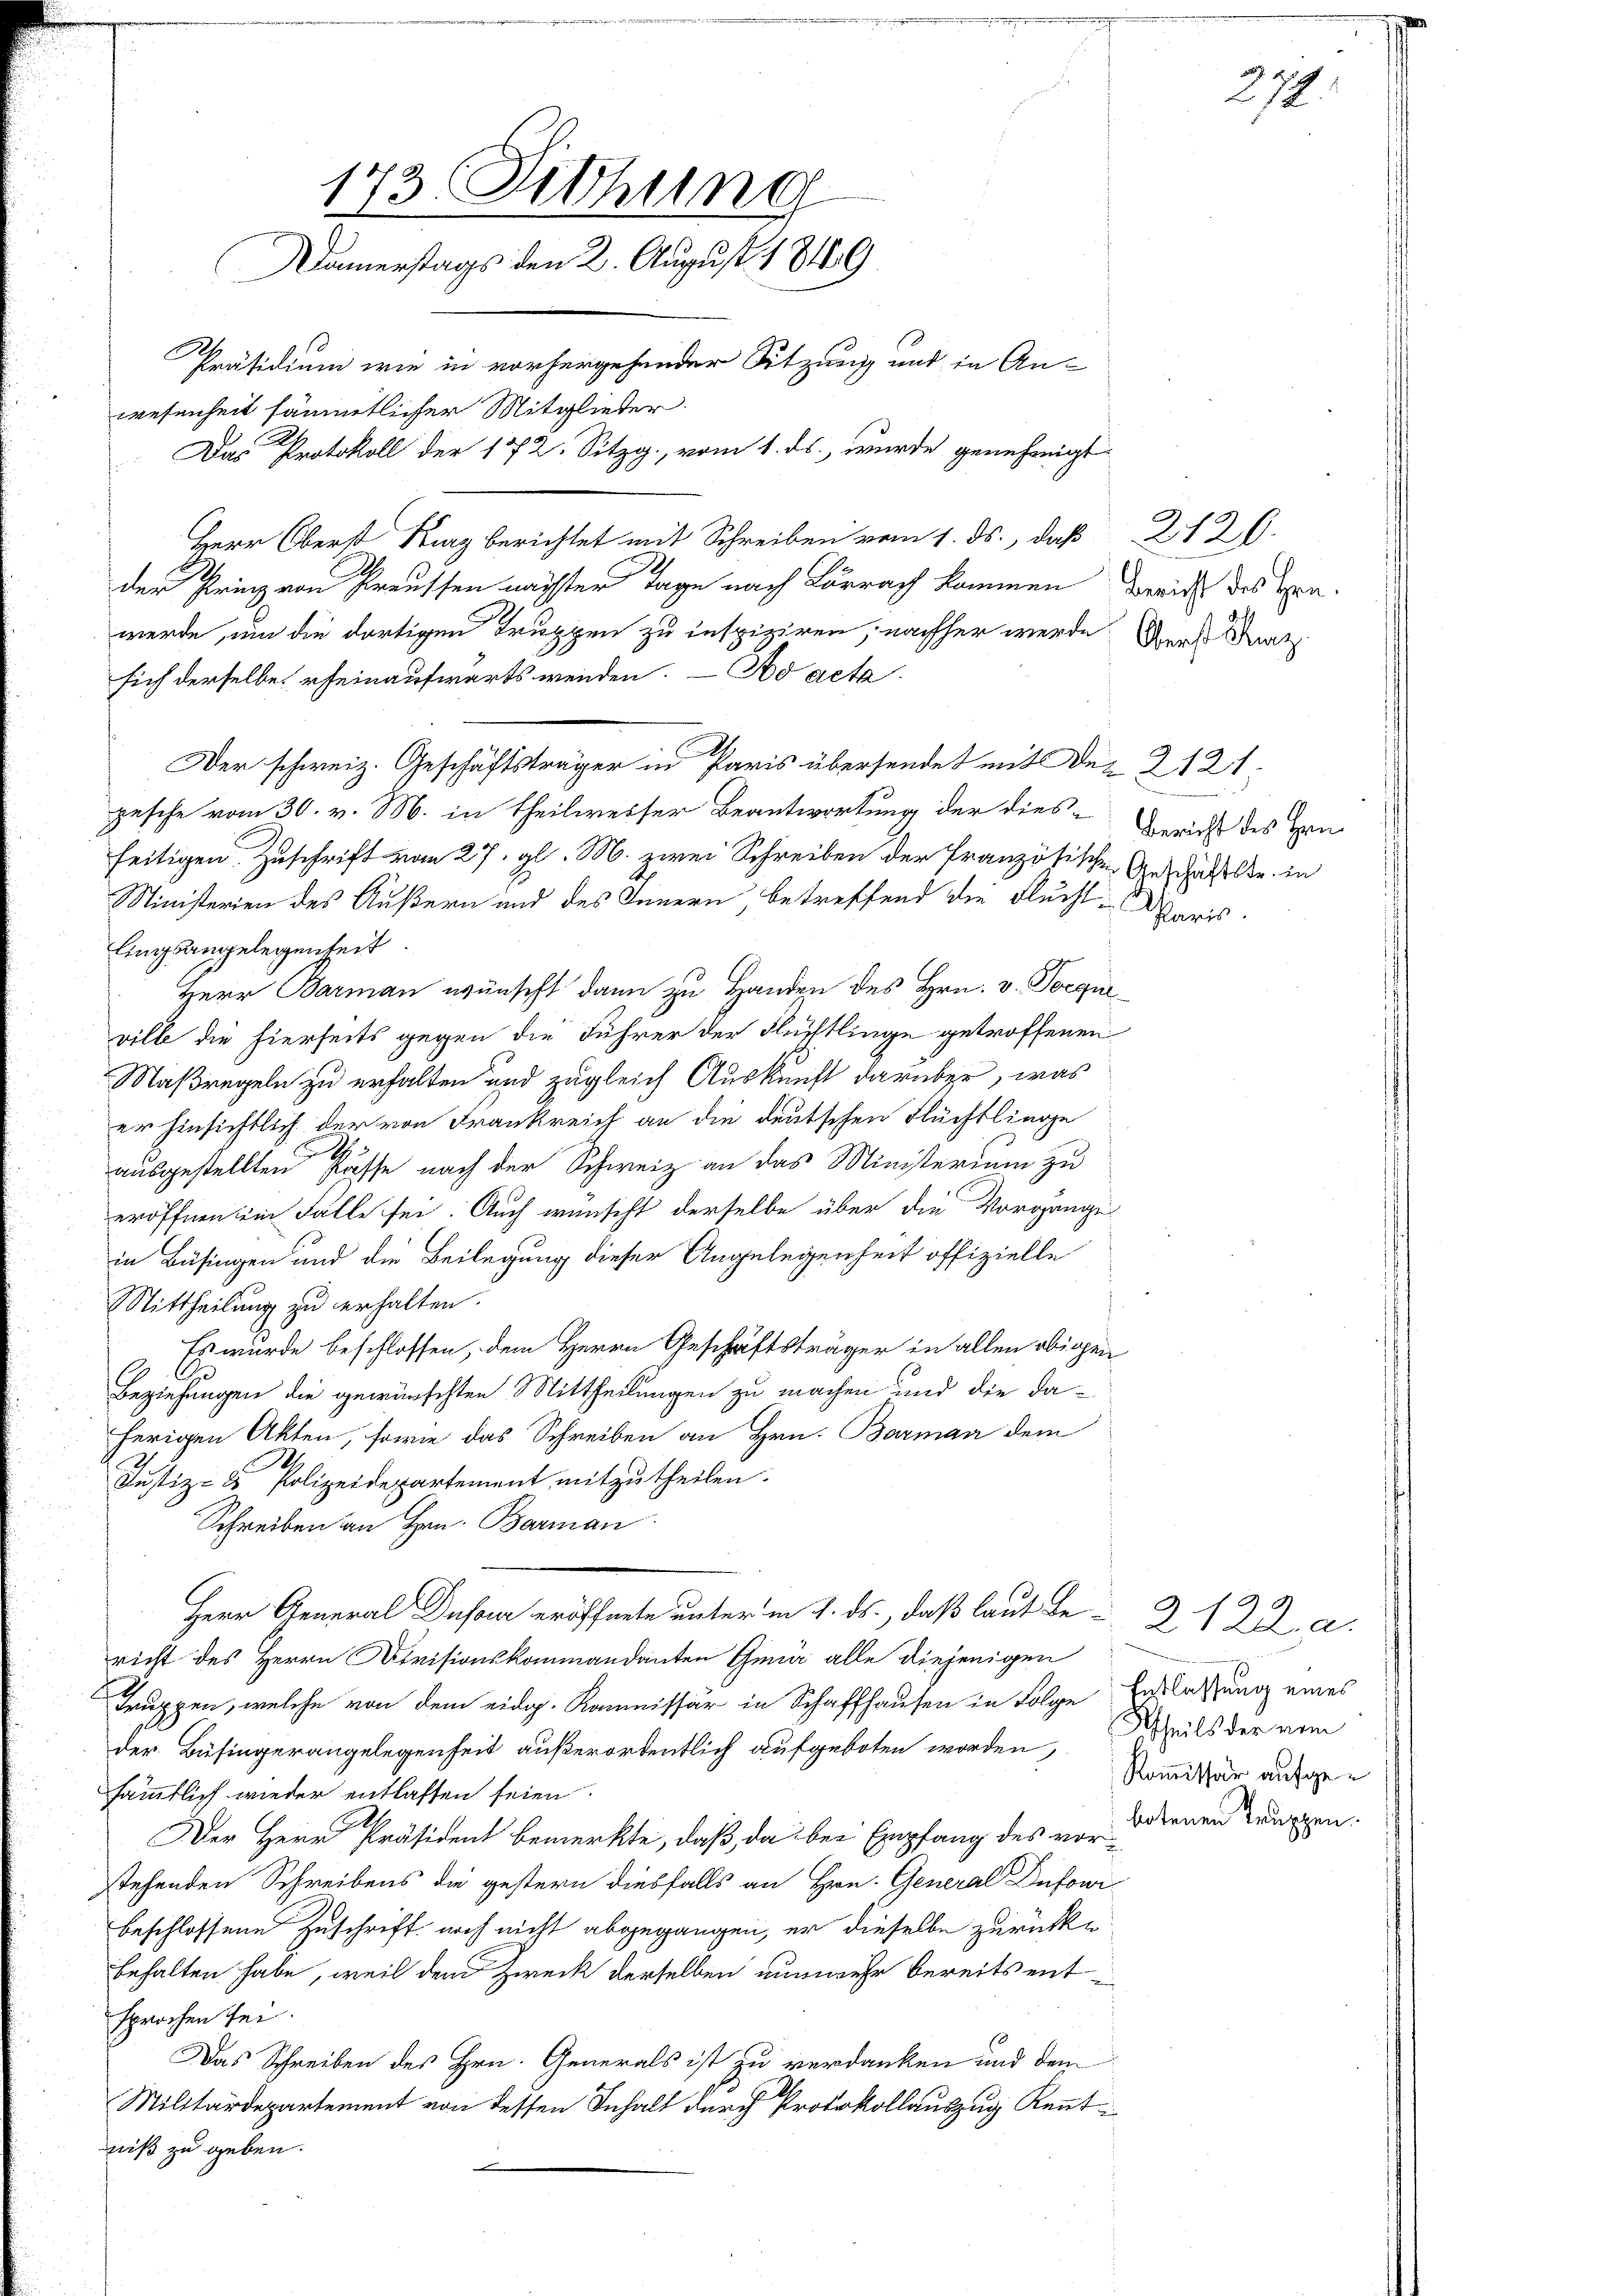
173. Fethung
Dämerstags den 2. August 18189
Präsidium wie in vorhergehender Sitzung und in An-
wesenheit sämmtlicher Mitglieder.
Das Protokoll der 172. Sitzg., vom 1. ds. wurde genehmigt

Herr Oberst Kranz berichtet mit Schreiben vom 1. ds., daß
der Prinz von Preussen nächster Tage nach Lörrach kommen
werde, um die dortigen Truppen zu inspiziren, nachher werde
sich derselbe erheinaufwärts wenden. — No acta
Der schweiz. Geschäftsträger in Paris übersendet mit De
pesche vom 30. v. M. in Theilweiser Beantwortung der diesseitigen Zuschrift vom 27. gl. M. zwei Schreiben der Französischen
Ministerien des Äußern und des Innern betreffend die Fluchtlingsangelegenheit.
Herr Barman wünscht dann zu Handen des Hrn. v. Poequi
ville die hierseits gegen die Führer der Flüchtlinge getroffenen
Maßregeln zu erhalten und zugleich Auskunft darüber, was
er hinsichtlich der von Frankreich an die deutschen Flüchtlinge
1
ausgestellten Pässe nach der Schweiz an das Ministerium zu
eröffnen ein Fälle sei. Auch wünscht derselbe über die Vorgange
in Büsingen und die Beilegung dieser Angelegenheit offizielle
Mittheilung zu erhalten.
Es wurde beschlossen, dem Herrn Geschäftsträger in allen obigen
Beziehungen die gewünschten Mittheilungen zu machen und die daherigen Akten, sowie das Schreiben an Hrn. Barman dem
Justiz- & Polizeidepartement mitzutheilen.
Schreiben an Hrn. Barman
Herr General Dufour eröffnete unter in d. ds., daß laut be
richt des Herrn Revisionskommandanten Gena alle diejenigen
Truppen, welche von dem eidg. Kommissär in Schaffhausen in Folge
der Büfingerangelegenheit außerordentlich aufgeboten worden,
sämmtlich wieder entlassen seien.
Der Herr Präsident bemerkte, daß, da bei Empfang des vor denen Truppen.
stehenden Schreibens die gestern diesfalls an Hrn. General Dufour
beschlossene Zuschrift noch nicht abgegangen, er dieselbe zurück-
behalten habe, weil dem Zweck derselben nunmehr bereits entsprochen sei.
Das Schreiben des Hrn. Generals ist zu verdanken und dem
Militärdepartement von dessen Inhalt durch Protokollauszug Kenntniß zu geben.

2120.
Bericht des Hrn.
Oberst Kunz.

2121
Bericht des Hrn.
Geschäftstr. in
paris.

277.

2122. a.
Entlassung eines
Theils der vom
Kommissär aufge¬